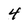
Character: 4